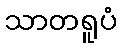
သာတရူပံ